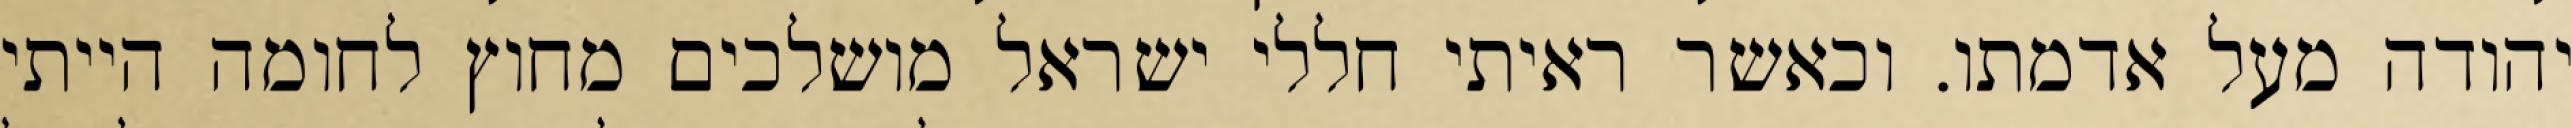
יהודה מעל אדמתו. וכאשר ראיתי חללי ישראל מושלכים מחוץ לחומה הייתי